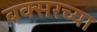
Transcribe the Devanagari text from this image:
बक्सरच्या